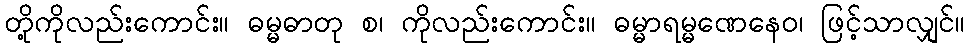
တို့ကိုလည်းကောင်း။ ဓမ္မဓာတု စ၊ ကိုလည်းကောင်း။ ဓမ္မာရမ္မဏေနေဝ၊ ဖြင့်သာလျှင်။